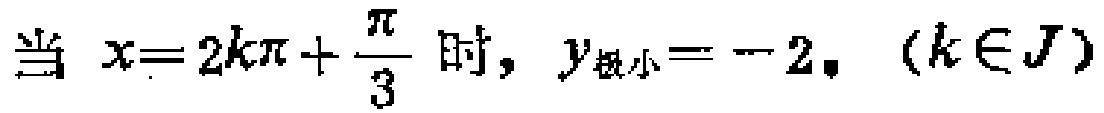
当 \(x = 2k\pi+\frac{\pi}{3}\) 时，\(y_{极小}=-2。\ (k\in J)\)